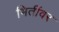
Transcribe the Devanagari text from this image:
भितींवर